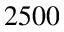
2 5 0 0